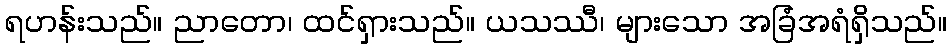
ရဟန်းသည်။ ညာတော၊ ထင်ရှားသည်။ ယသဿီ၊ များသော အခြံအရံရှိသည်။